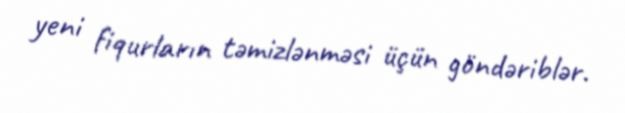
yeni fiqurların təmizlənməsi üçün göndəriblər.